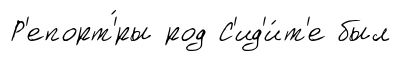
Р'епорт'́ры род С'ид'и́т'е был